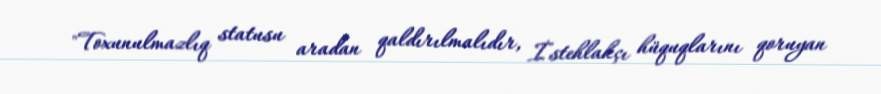
"Toxunulmazlıq statusu aradan qaldırılmalıdır, İstehlakçı hüquqlarını qoruyan